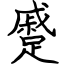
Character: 蹙